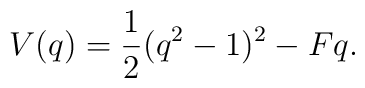
V(q )= \frac{1}{2}(q^2 - 1)^2 -F q .